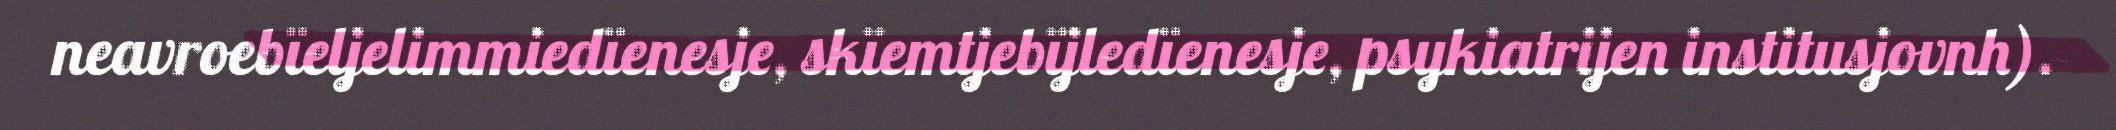
neavroebïeljelimmiedïenesje, skïemtjebïjledïenesje, psykiatrijen institusjovnh).